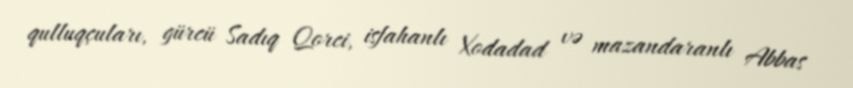
qulluqçuları, gürcü Sadıq Qorci, isfahanlı Xodadad və mazandaranlı Abbas